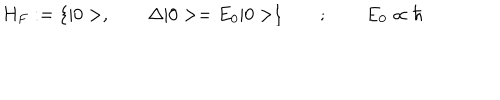
LaTeX: H _ { F } : = { \{ | 0 > , \qquad \Delta | 0 > = E _ { 0 } | 0 > } \} \qquad ; \qquad E _ { 0 } \propto \hbar